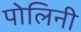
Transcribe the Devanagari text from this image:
पोलिनी